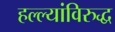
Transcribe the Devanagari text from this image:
हल्ल्यांविरुद्ध